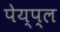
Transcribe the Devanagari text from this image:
पेय्प्ल